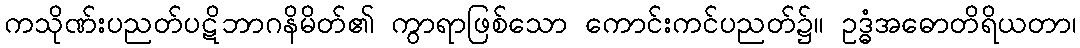
ကသိုဏ်းပညတ်ပဋိဘာဂနိမိတ်၏ ကွာရာဖြစ်သော ကောင်းကင်ပညတ်၌။ ဥဒ္ဓံအဓောတိရိယတာ၊